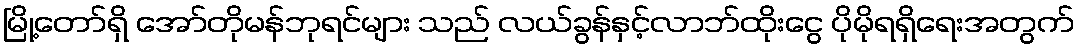
မြို့တော်ရှိ အော်တိုမန်ဘုရင်များ သည် လယ်ခွန်နှင့်လာဘ်ထိုးငွေ ပိုမိုရရှိရေးအတွက်